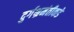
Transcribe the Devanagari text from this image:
दुर्गभ्रमंतीकडे